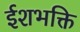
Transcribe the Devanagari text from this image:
ईशभक्ति